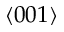
\langle 0 0 1 \rangle